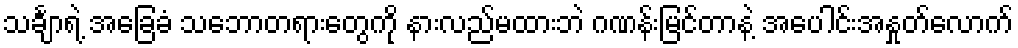
သင်္ချာရဲ့ အခြေခံ သဘောတရားတွေကို နားလည်မထားဘဲ ဂဏန်းမြင်တာနဲ့ အပေါင်းအနှုတ်လောက်